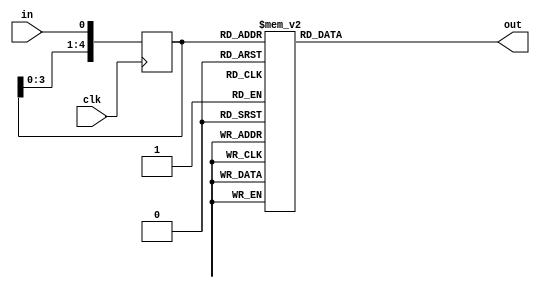
module multisample5(
    input clk,
    input in,
    output reg out
    );
reg[4:0] r;
always @(r) begin
    case (r)
        5'b00000: out = 1'b0;
        5'b00001: out = 1'b0;
        5'b00010: out = 1'b0;
        5'b00011: out = 1'b0;
        5'b00100: out = 1'b0;
        5'b00101: out = 1'b0;
        5'b00110: out = 1'b0;
        5'b00111: out = 1'b1;
        5'b01000: out = 1'b0;
        5'b01001: out = 1'b0;
        5'b01010: out = 1'b0;
        5'b01011: out = 1'b1;
        5'b01100: out = 1'b0;
        5'b01101: out = 1'b1;
        5'b01110: out = 1'b1;
        5'b01111: out = 1'b1;
        5'b10000: out = 1'b0;
        5'b10001: out = 1'b0;
        5'b10010: out = 1'b0;
        5'b10011: out = 1'b1;
        5'b10100: out = 1'b0;
        5'b10101: out = 1'b1;
        5'b10110: out = 1'b1;
        5'b10111: out = 1'b1;
        5'b11000: out = 1'b0;
        5'b11001: out = 1'b1;
        5'b11010: out = 1'b1;
        5'b11011: out = 1'b1;
        5'b11100: out = 1'b1;
        5'b11101: out = 1'b1;
        5'b11110: out = 1'b1;
        5'b11111: out = 1'b1;
    endcase
end
always @(posedge clk) begin
    r <= { r[3:0], in };
end
endmodule